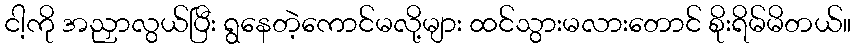
ငါ့ကို အညှာလွယ်ပြီး ရွနေတဲ့ကောင်မလို့များ ထင်သွားမလားတောင် စိုးရိမ်မိတယ်။